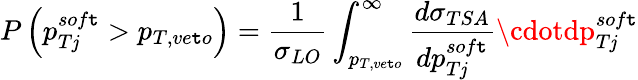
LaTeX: P\left(p_{T\mathit{j}}^{sof\mathtt{t}}>p_{T,ve\mathtt{t}o}\right)={\frac{{1}}{{\sigma_{LO}}}}\int_{p_{T,ve\mathtt{t}o}}^{\infty}{\frac{{d\sigma_{TSA}}}{{dp_{T\mathit{j}}^{sof\mathtt{t}}}}}\cdotdp_{T\mathit{j}}^{sof\mathtt{t}}